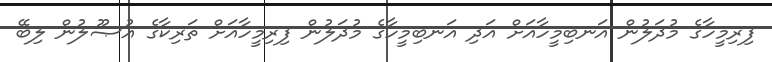
ފިރިމީހާގެ މުދަލުން އަނބިމީހާއަށް އަދި އަނބިމީހާގެ މުދަލުން ފިރިމީހާއަށް ތަރިކާގެ އުޞޫލުން ލިބޭ